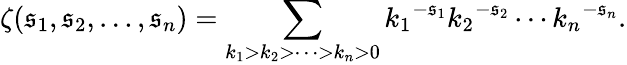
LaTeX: \zeta(\mathfrak{s}_{1},\mathfrak{s}_{2},\ldots,\mathfrak{s}_{n})=\sum_{k_{1}>k_{2}>\cdots>k_{n}>0}{k_{1}}^{-\mathfrak{s}_{1}}{k_{2}}^{-\mathfrak{s}_{2}}\cdots{k_{n}}^{-\mathfrak{s}_{n}}.